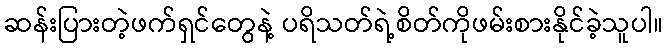
ဆန်းပြားတဲ့ဖက်ရှင်တွေနဲ့ ပရိသတ်ရဲ့စိတ်ကိုဖမ်းစားနိုင်ခဲ့သူပါ။